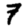
Digit: 7